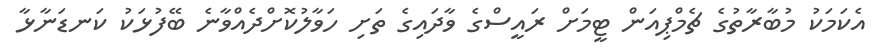
އެކަމަކު މުބާރާތުގެ ޗެމްޕިއަން ޓީމަށް ރައީސްގެ ވާދައިގެ ތަށި ހަވާލުކޮށްދެއްވާނެ ބޭފުޅަކު ކަނޑަނާޅާ